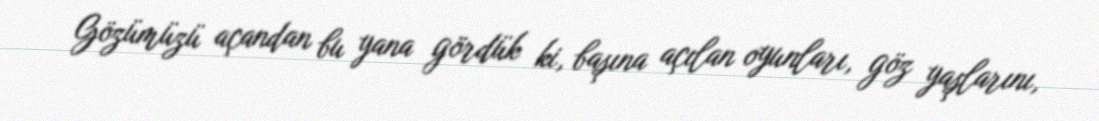
Gözümüzü açandan bu yana gördük ki, başına açılan oyunları, göz yaşlarını,